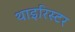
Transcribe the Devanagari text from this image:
थाइरिस्टर